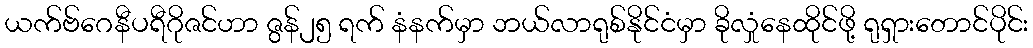
ယက်ဗ်ဂေနီပရီဂိုဇင်ဟာ ဇွန်၂၅ ရက် နံနက်မှာ ဘယ်လာရုစ်နိုင်ငံမှာ ခိုလှုံနေထိုင်ဖို့ ရုရှားတောင်ပိုင်း